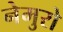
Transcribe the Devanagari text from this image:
नेमुरो